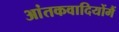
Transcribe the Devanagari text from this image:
आंतकवादियोंमैं